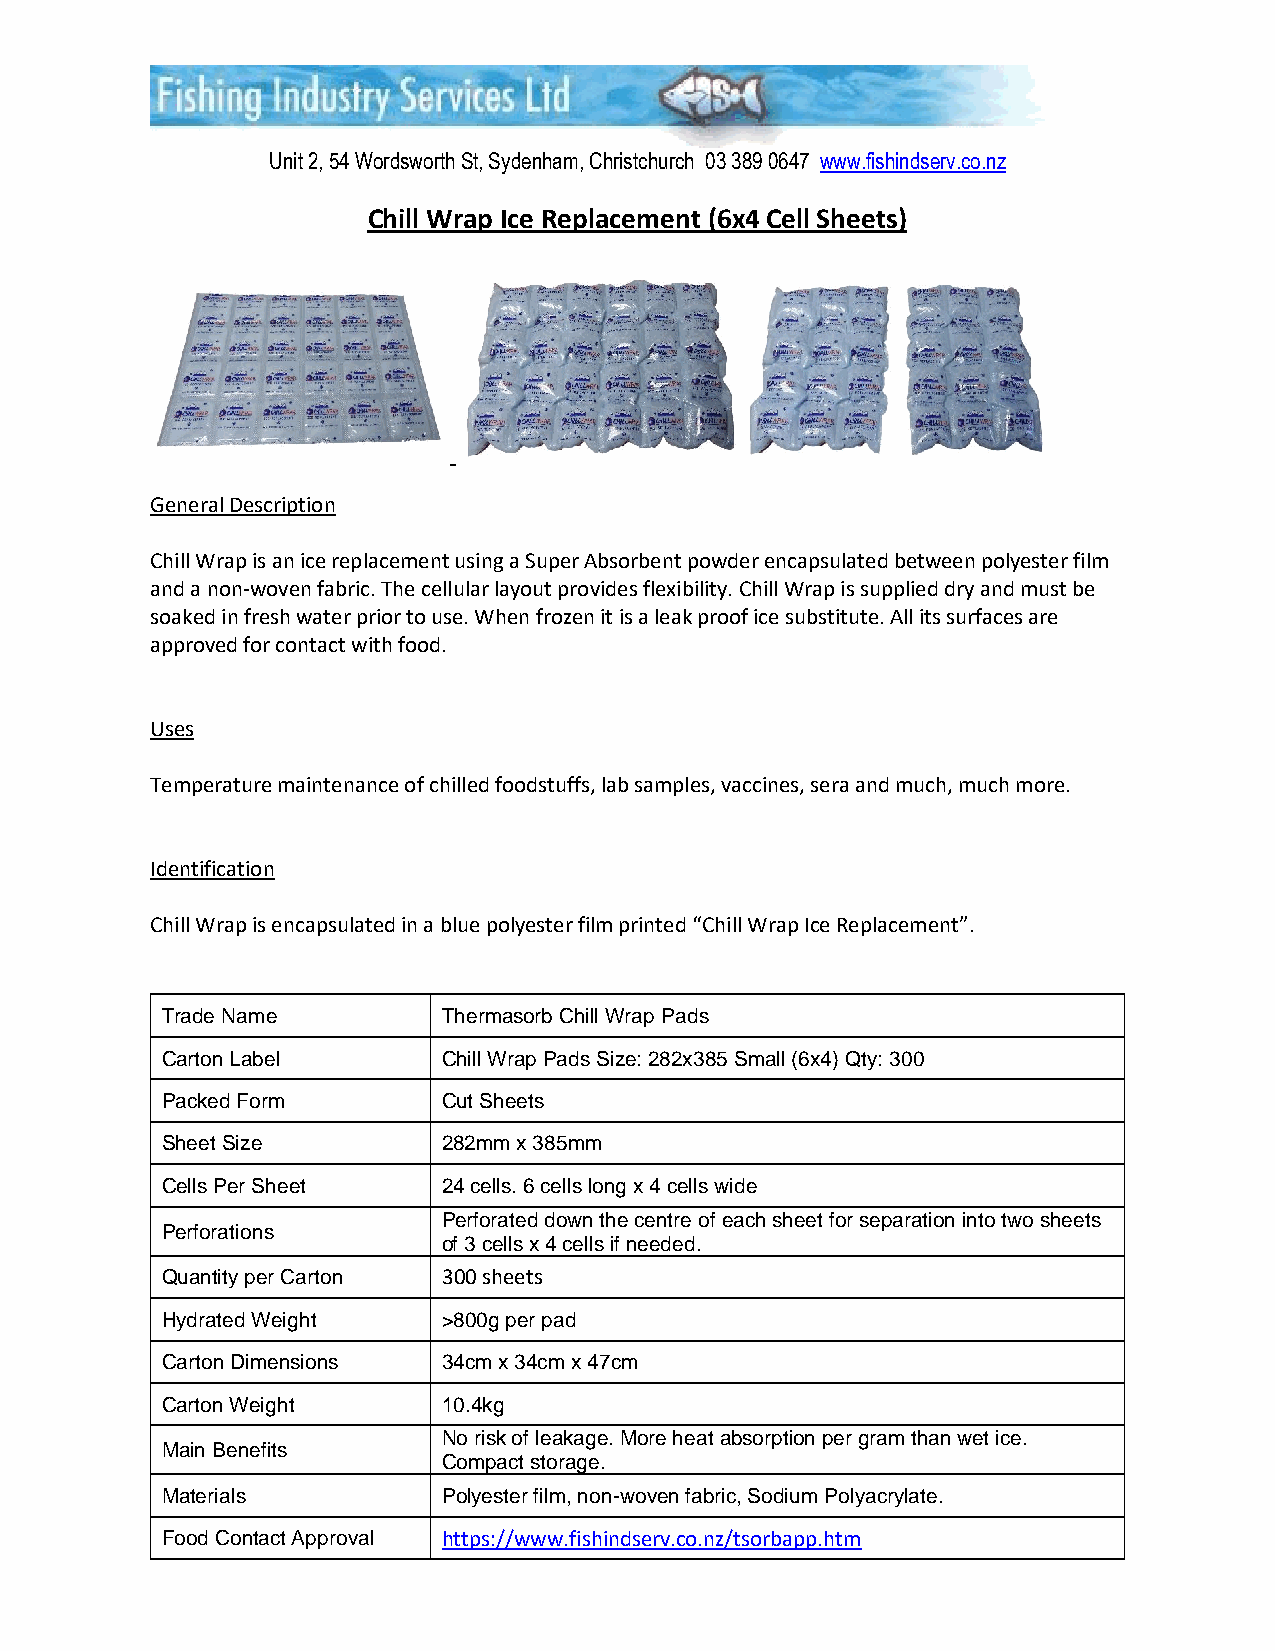
Unit 2, 54 Wordsworth St, Sydenham, Christchurch 03 389 0647 www.fishindserv.co.nz
 Chill Wrap Ice Replacement (6x4 Cell Sheets)
 General Description
 Chill Wrap is an ice replacement using a Super Absorbent powder encapsulated between polyester film
 and a non-woven fabric. The cellular layout provides flexibility. Chill Wrap is supplied dry and must be
 soaked in fresh water prior to use. When frozen it is a leak proof ice substitute. All its surfaces are
 approved for contact with food.
 Uses
 Temperature maintenance of chilled foodstuffs, lab samples, vaccines, sera and much, much more.
 Identification
 Chill Wrap is encapsulated in a blue polyester film printed “Chill Wrap Ice Replacement”.
 Trade Name        Thermasorb Chill Wrap Pads
 Carton Label      Chill Wrap Pads Size: 282x385 Small (6x4) Qty: 300
 Packed Form       Cut Sheets
 Sheet Size        282mm x 385mm
 Cells Per Sheet   24 cells. 6 cells long x 4 cells wide
 Perforated down the centre of each sheet for separation into two sheets
 Perforations
 of 3 cells x 4 cells if needed.
 Quantity per Carton 300 sheets
 Hydrated Weight   >800g per pad
 Carton Dimensions 34cm x 34cm x 47cm
 Carton Weight     10.4kg
 No risk of leakage. More heat absorption per gram than wet ice.
 Main Benefits
 Compact storage.
 Materials         Polyester film, non-woven fabric, Sodium Polyacrylate.
 Food Contact Approval https://www.fishindserv.co.nz/tsorbapp.htm